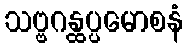
သဗ္ဗဂန္ထပ္ပမောစနံ